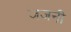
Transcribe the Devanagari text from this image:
जजनी